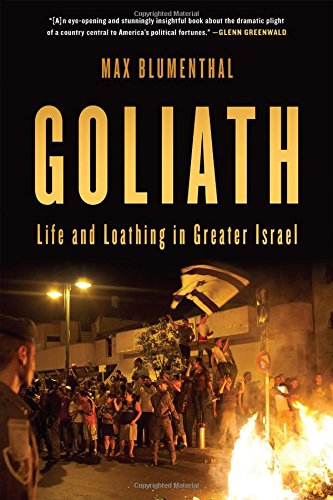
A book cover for Goliath: Life and Loathing in Greater Israel; Max Blumenthal; History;